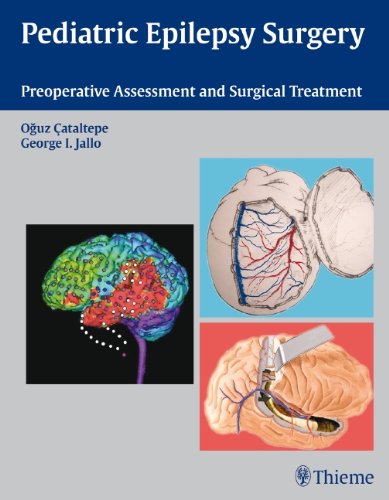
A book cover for Pediatric Epilepsy Surgery: Preoperative Assessment and Surgical Treatment; Health, Fitness & Dieting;